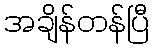
အချိန်တန်ပြီ